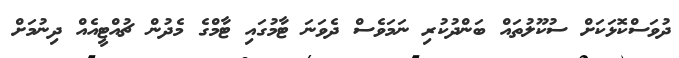
ދުވަސްކޮޅަކަށް ސުކޫލުތައް ބަންދުކުރި ނަމަވެސް ދެވަނަ ޓާމުގައި ޓާމްގެ މެދުން ޗުއްޓީއެއް ދިނުމަށް